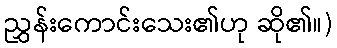
ညွှန်းကောင်းသေး၏ဟု ဆို၏။)